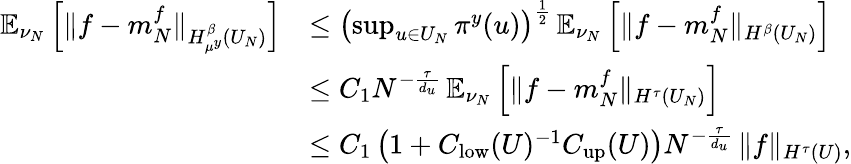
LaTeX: \begin{array}{rl}{\mathbb{E}_{\nu_{N}}\left[\| f-m_{N}^{f}\| _{H_{\mu^{y}}^{\beta}(U_{N})}\right]}&{\leq\left(\operatorname*{sup}_{u\in U_{N}}\pi^{y}(u)\right)^{\frac{1}{2}}\, \mathbb{E}_{\nu_{N}}\left[\| f-m_{N}^{f}\| _{H^{\beta}(U_{N})}\right]}\\ &{\leq C_{1}N^{-\frac{\tau}{d_{u}}}\, \mathbb{E}_{\nu_{N}}\left[\| f-m_{N}^{f}\| _{H^{\tau}(U_{N})}\right]}\\ &{\leq C_{1}\left(1+C_{\mathrm{low}}(U)^{-1}C_{\mathrm{up}}(U)\right)N^{-\frac{\tau}{d_{u}}}\, \| f\| _{H^{\tau}(U)},}\end{array}